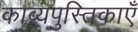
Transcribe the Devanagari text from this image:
काव्यपुस्तिकाएँ